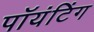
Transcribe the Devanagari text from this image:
पॉयंटिंग